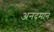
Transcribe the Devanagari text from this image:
अनदमान